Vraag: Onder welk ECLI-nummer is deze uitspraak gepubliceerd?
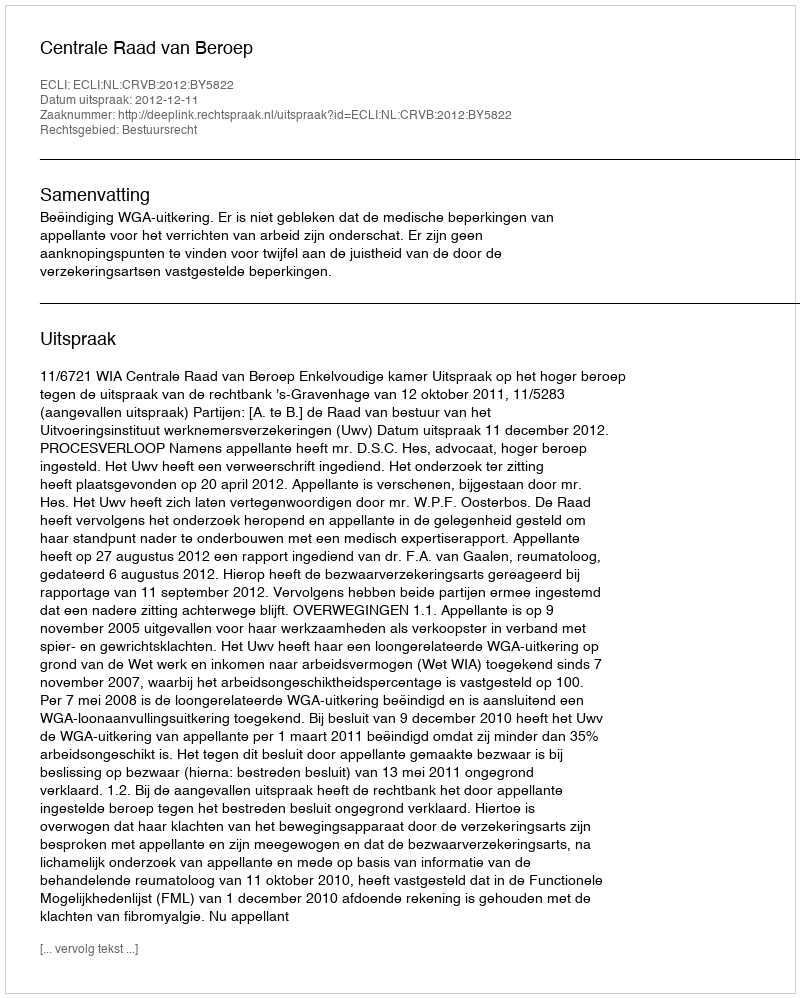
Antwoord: ECLI:NL:CRVB:2012:BY5822